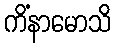
ကိံနာမောသိ